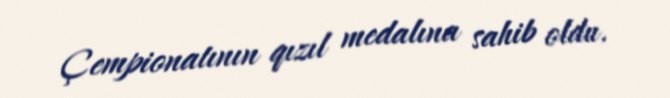
Çempionatının qızıl medalına sahib oldu.